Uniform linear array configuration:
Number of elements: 16
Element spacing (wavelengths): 1
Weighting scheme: exponential
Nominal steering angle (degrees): -30
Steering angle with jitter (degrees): -31.228
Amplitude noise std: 0.05
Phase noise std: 0.05

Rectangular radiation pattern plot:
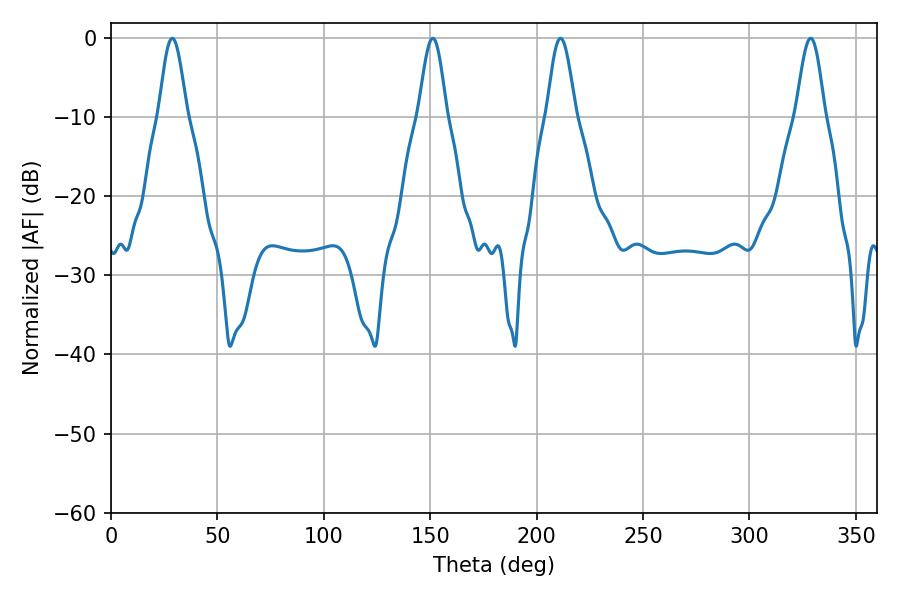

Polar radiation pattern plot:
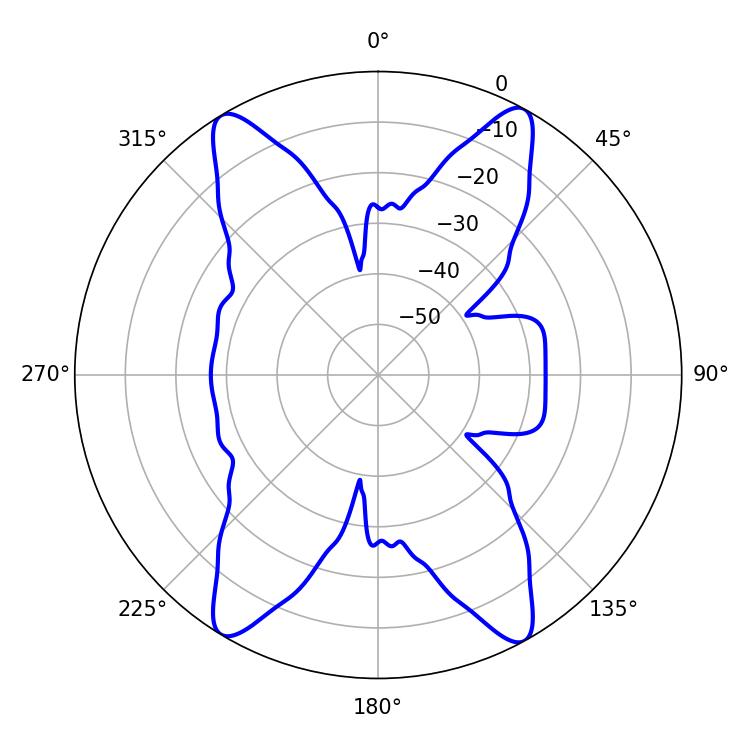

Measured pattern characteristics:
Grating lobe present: TRUE
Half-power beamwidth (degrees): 7.02
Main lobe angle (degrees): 28.8